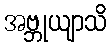
အဗ္ဘုယျာသိ